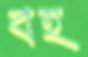
বহ